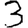
Digit: 3